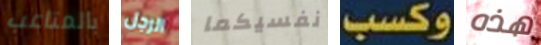
بالمتاعب الرجل نفسيكما وكسب هذه